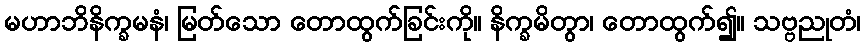
မဟာဘိနိက္ခမနံ၊ မြတ်သော တောထွက်ခြင်းကို။ နိက္ခမိတွာ၊ တောထွက်၍။ သဗ္ဗညုတံ၊